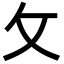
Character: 攵